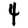
Digit: 4